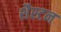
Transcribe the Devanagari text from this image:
शैस्टन